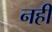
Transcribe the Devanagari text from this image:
नहीं